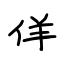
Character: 佯